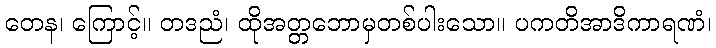
တေန၊ ကြောင့်။ တဒညံ၊ ထိုအတ္တဘောမှတစ်ပါးသော။ ပကတိအာဒိကာရဏံ၊